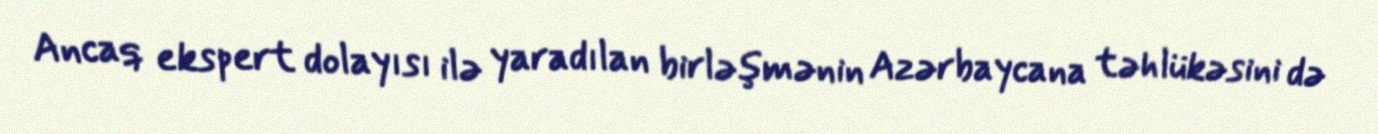
Ancaq ekspert dolayısı ilə yaradılan birləşmənin Azərbaycana təhlükəsini də